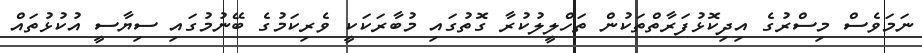
ނަމަވެސް މިސްރުގެ އިދިކޮޅުފަރާތްތަކުން ތަހްލީލުކުރާ ގޮތުގައި މުބާރަކަކީ ވެރިކަމުގެ ބޭނުމުގައި ސިޔާސީ އުކުޅުތައް